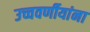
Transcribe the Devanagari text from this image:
उच्चवर्णीयांना